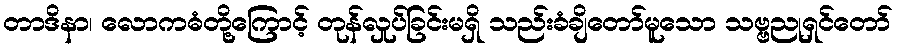
တာဒိနာ၊ လောကဓံတို့ကြောင့် တုန်လှုပ်ခြင်းမရှိ သည်းခံချိတော်မူသော သဗ္ဗညုရှင်တော်